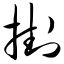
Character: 挂